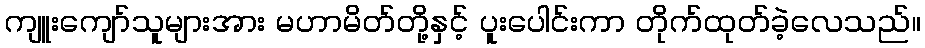
ကျူးကျော်သူများအား မဟာမိတ်တို့နှင့် ပူးပေါင်းကာ တိုက်ထုတ်ခဲ့လေသည်။